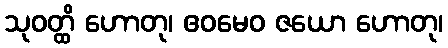
သုဝတ္ထိ ဟောတု၊ ဧဝမေဝ ဇယော ဟောတု၊